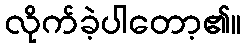
လိုက်ခဲ့ပါတော့၏။